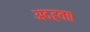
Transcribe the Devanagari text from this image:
अदहता।